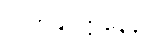
ဂိလာနုပဋ္ဌာနေန